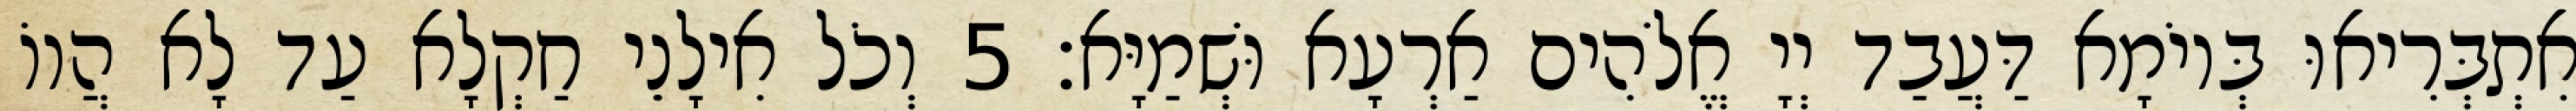
אִתְבְּרִיאוּ בְּיוֹמָא דַּעֲבַד יְיָ אֱלֹהִים אַרְעָא וּשְׁמַיָּא׃ 5 וְכֹל אִילָנֵי חַקְלָא עַד לָא הֲווֹ